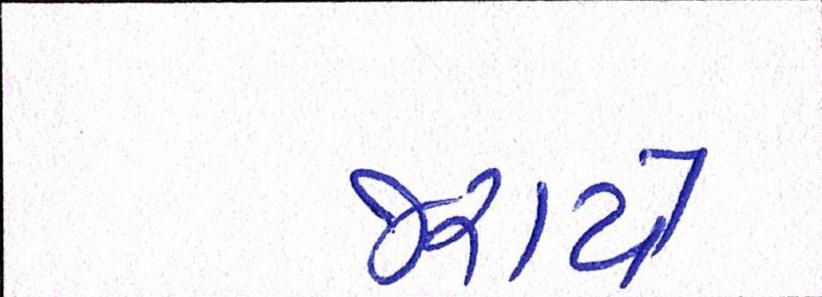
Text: જરાયે